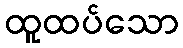
ထူထပ်သော